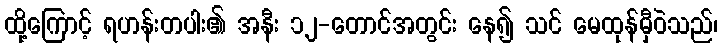
ထို့ကြောင့် ရဟန်းတပါး၏ အနီး ၁၂-တောင်အတွင်း နေ၍ သင် မေထုန်မှီဝဲသည်၊